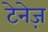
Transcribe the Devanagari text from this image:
टेनेज़